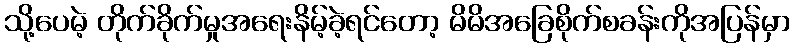
သို့ပေမဲ့ တိုက်ခိုက်မှုအရေးနိမ့်ခဲ့ရင်တော့ မိမိအခြေစိုက်စခန်းကိုအပြန်မှာ